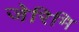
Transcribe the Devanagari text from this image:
जेरिमि